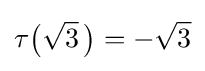
\tau {\bigl (}{\sqrt {3}}~\!{\bigr )}=-{\sqrt {3}}